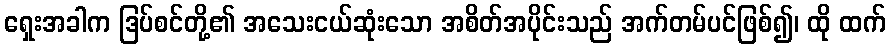
ရှေးအခါက ဒြပ်စင်တို့၏ အသေးငယ်ဆုံးသော အစိတ်အပိုင်းသည် အက်တမ်ပင်ဖြစ်၍၊ ထို ထက်